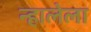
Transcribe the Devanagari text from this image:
न्हालेला